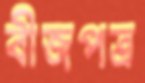
বীজপত্র